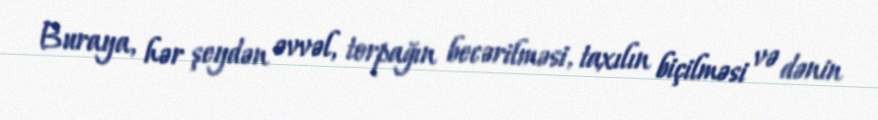
Buraya, hər şeydən əvvəl, torpağın becərilməsi, taxılın biçilməsi və dənin